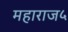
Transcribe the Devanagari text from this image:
महाराज५